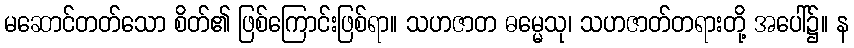
မဆောင်တတ်သော စိတ်၏ ဖြစ်ကြောင်းဖြစ်ရာ။ သဟဇာတ ဓမ္မေသု၊ သဟဇာတ်တရားတို့ အပေါ်၌။ န